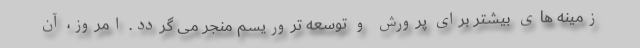
زمینه های بیشتر برای پرورش و توسعه تروریسم منجر می گردد. امروز، آن